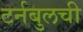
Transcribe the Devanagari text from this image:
टर्नबुलची